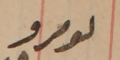
نمرو